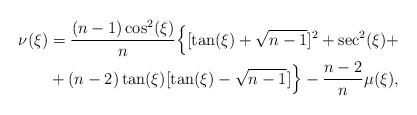
LaTeX: \begin{align*} \begin{aligned} \nu(\xi)&=\frac{(n-1)\cos^2(\xi)}{n}\Big\{[\tan(\xi)+\sqrt{n-1}]^2+\sec^2(\xi)+\\ &+(n-2)\tan(\xi)[\tan(\xi)-\sqrt{n-1}]\Big\}-\frac{n-2}{n}\mu(\xi), \end{aligned} \end{align*}